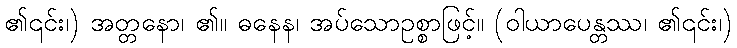
၏၎င်း၊) အတ္တနော၊ ၏။ ဓနေန၊ အပ်သောဥစ္စာဖြင့်။ (ဝါယာပေန္တဿ၊ ၏၎င်း၊)